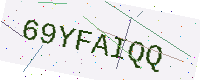
Text: 69YFAIQQ